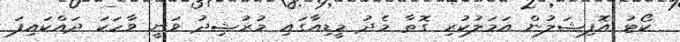
ކޯޓު އޮފިޝަލުން އަމަލުކުރި ގޮތާ މެދު މީޑިއާގައި މުރުޝިދު ވަނީ ވާހަކަ ދައްކައިފަ